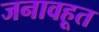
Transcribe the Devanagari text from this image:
जनावहूत